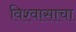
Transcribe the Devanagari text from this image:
विश्वासाचा